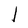
Character: l